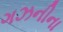
ગઝનીના